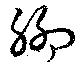
聊